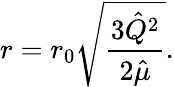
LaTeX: r=r_{0}\sqrt{\frac{3{\hat{Q}}^{2}}{2{\hat{\mu}}}}.